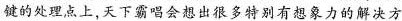
键的处理点上.天下霸唱会想出很多特别有想象力的解决方